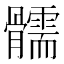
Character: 𩪰